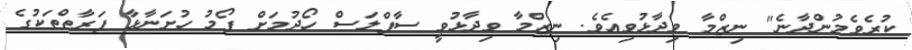
ކުރެވެމުންދާނެ" ނިޒްމާ ވިދާޅުވިއެވެ. ނިޒްމާ ވިދާޅުވީ ސާޕްލަސް ހޯދުމަށް ފޯމު ހުށަނާޅާ ފަރާތްތަކުގެ